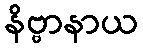
နိဗ္ဗာနာယ